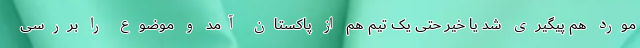
مورد هم پیگیری شد یا خیر حتی یک تیم هم از پاکستان آمد و موضوع را بررسی